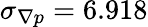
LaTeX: \sigma_{\nabla p}=6.918